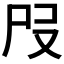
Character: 𡰻